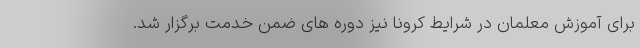
برای آموزش معلمان در شرایط کرونا نیز دوره های ضمن خدمت برگزار شد.